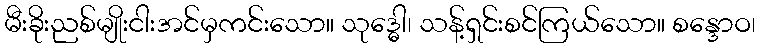
မီးခိုးညစ်မျိုးငါးအင်မှကင်းသော။ သုဒ္ဓေါ၊ သန့်ရှင်းစင်ကြယ်သော။ စန္ဒောဝ၊